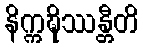
နိက္ကဍ္ဎိဿန္တီတိ